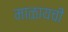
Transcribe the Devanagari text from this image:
माळायची